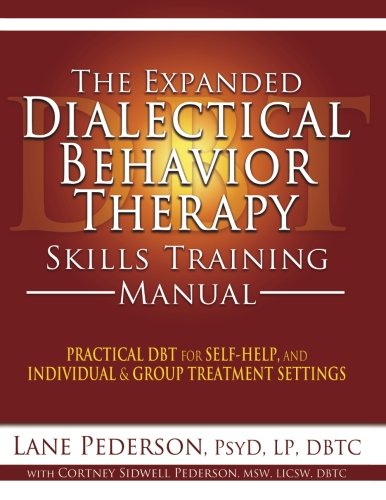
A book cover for The Expanded Dialectical Behavior Therapy Skills Training Manual: Practical DBT for Self-Help, and Individual & Group Treatment Settings; Lane Pederson; Medical Books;